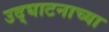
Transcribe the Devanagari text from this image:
उद्घाटनाच्या